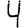
Digit: 4